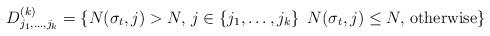
LaTeX: \begin{align*}D^{(k)}_{j_1,\ldots,j_k}=\{N(\sigma_t,j)>N,\, j\in\{j_1,\ldots,j_k\}\,\,\, N(\sigma_t,j)\leq N,\,\mbox{otherwise}\}\end{align*}